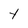
Character: t